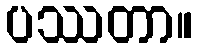
ပဿတာ။